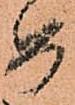
め